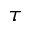
\boldsymbol { \tau }